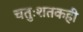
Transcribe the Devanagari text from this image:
चतुःशतकही